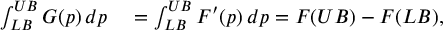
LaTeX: \begin{array} { r l } { \int _ { L B } ^ { U B } G ( p ) \, d p } & { { } = \int _ { L B } ^ { U B } F ^ { \prime } ( p ) \, d p = F ( U B ) - F ( L B ) , } \end{array}